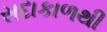
સદાકાળથી